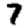
Digit: 7